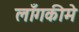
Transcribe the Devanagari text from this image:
लाँगकीमे